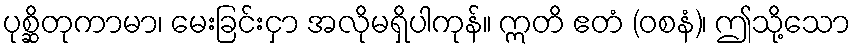
ပုစ္ဆိတုကာမာ၊ မေးခြင်းငှာ အလိုမရှိပါကုန်။ ဣတိ ဧတံ (ဝစနံ)၊ ဤသို့သော